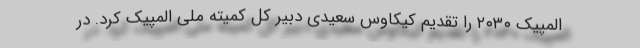
المپیک ۲۰۳۰ را تقدیم کیکاوس سعیدی دبیر کل کمیته ملی المپیک کرد. در